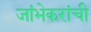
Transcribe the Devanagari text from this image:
जांभेकरांची